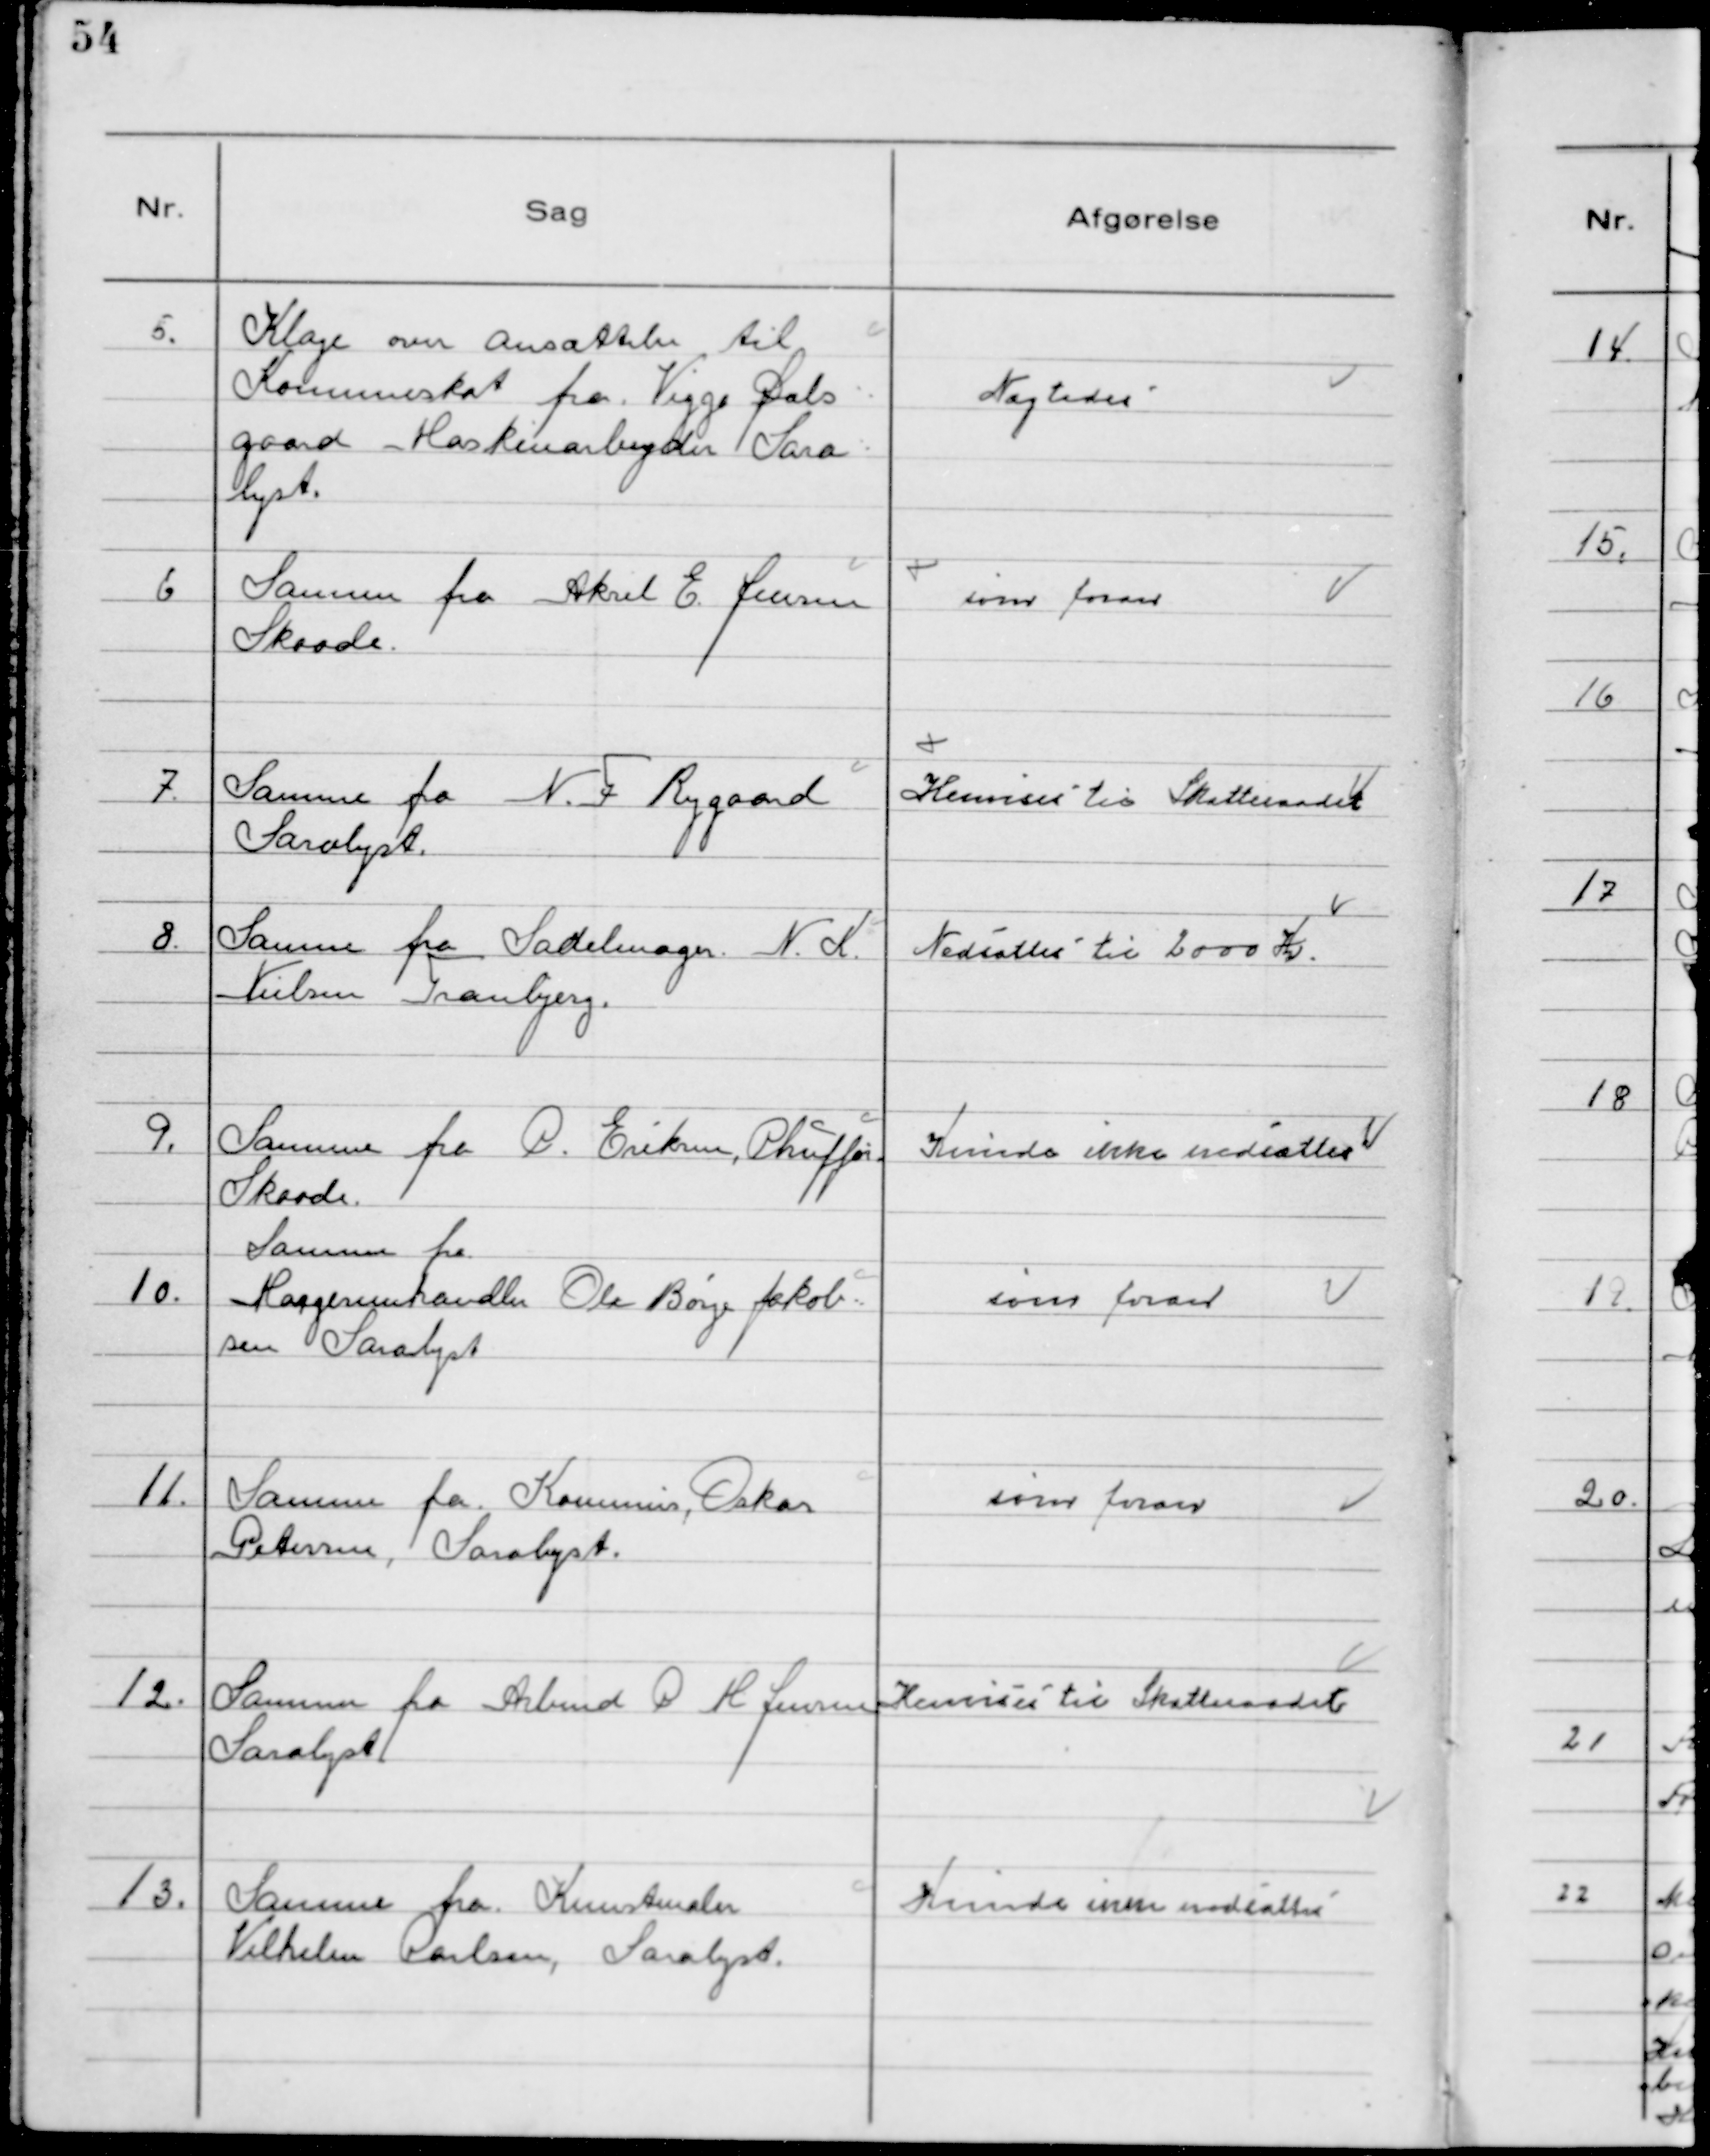
Transskription:
5. Klage om Ansættelse til
Kommuneskat fra Viggo Dals
gaard Maskinarbejder Sara-
lyst.

Nægtedes

Samme fra Aksel E. Jensen
Skaade.

som foran

7. Samme fra N.F Rygaard
Saralyst.

Henvises til Skatteraadet

8. Samme fra Sadelmager N.K.
Nielsen Tranbjeg.

Nedsattes til 2000 Kr.

9. Samme fra C. Eriksen, Chauffør
Skaade.

Kunde ikke nedsættes

Samme fra
10. Margerinehandler Ole Børge Jakob-
sen Saralyst

som foran

11. Samme fra Kommis, Oskar
Petersen, Saralyst.

som foran

12. Samme fra Arbmd C H Jensen
Saralyst

Henvises til Skatteraadet

13. Samme fra Kunstmaler
Vilhelm Carlsen, Saralyst.

Kunde ikke nedsættes